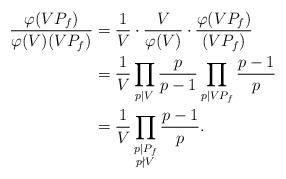
LaTeX: \begin{align*}\frac{\varphi(VP_f)}{\varphi(V)(VP_f)}&=\frac{1}{V}\cdot\frac{V}{\varphi(V)}\cdot\frac{\varphi(VP_f)}{(VP_f)}\\&=\frac{1}{V}\prod_{p\mid V}\frac{p}{p-1}\prod_{p\mid VP_f}\frac{p-1}{p}\\&=\frac{1}{V}\prod_{\substack{p\mid P_f\\p\nmid V}}\frac{p-1}{p}.\end{align*}